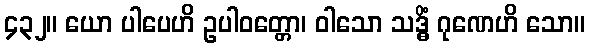
၄၃၂။ ယော ပါပေဟိ ဥပါဝတ္တော၊ ဝါသော သဒ္ဓိံ ဂုဏေဟိ သော။